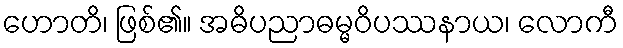
ဟောတိ၊ ဖြစ်၏။ အဓိပညာဓမ္မဝိပဿနာယ၊ လောကီ